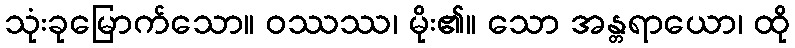
သုံးခုမြောက်သော။ ဝဿဿ၊ မိုး၏။ သော အန္တရာယော၊ ထို